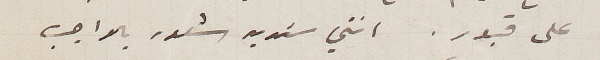
على قبور. انني شديد شعور بالواجب